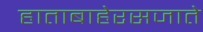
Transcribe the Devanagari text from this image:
हाताबाहेरसजाते